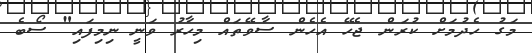
މަގު ހެދުމަށް ކުރަން ޖެހޭ އެހެން ސާވޭތައް މިހާރު ވަނީ ނިމިފައި" ސޯބެ